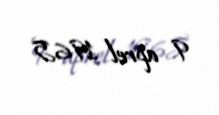
9 aprel 1965